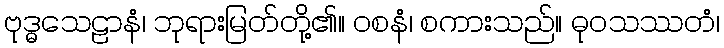
ဗုဒ္ဓသေဠာနံ၊ ဘုရားမြတ်တို့၏။ ဝစနံ၊ စကားသည်။ ဓုဝသဿတံ၊